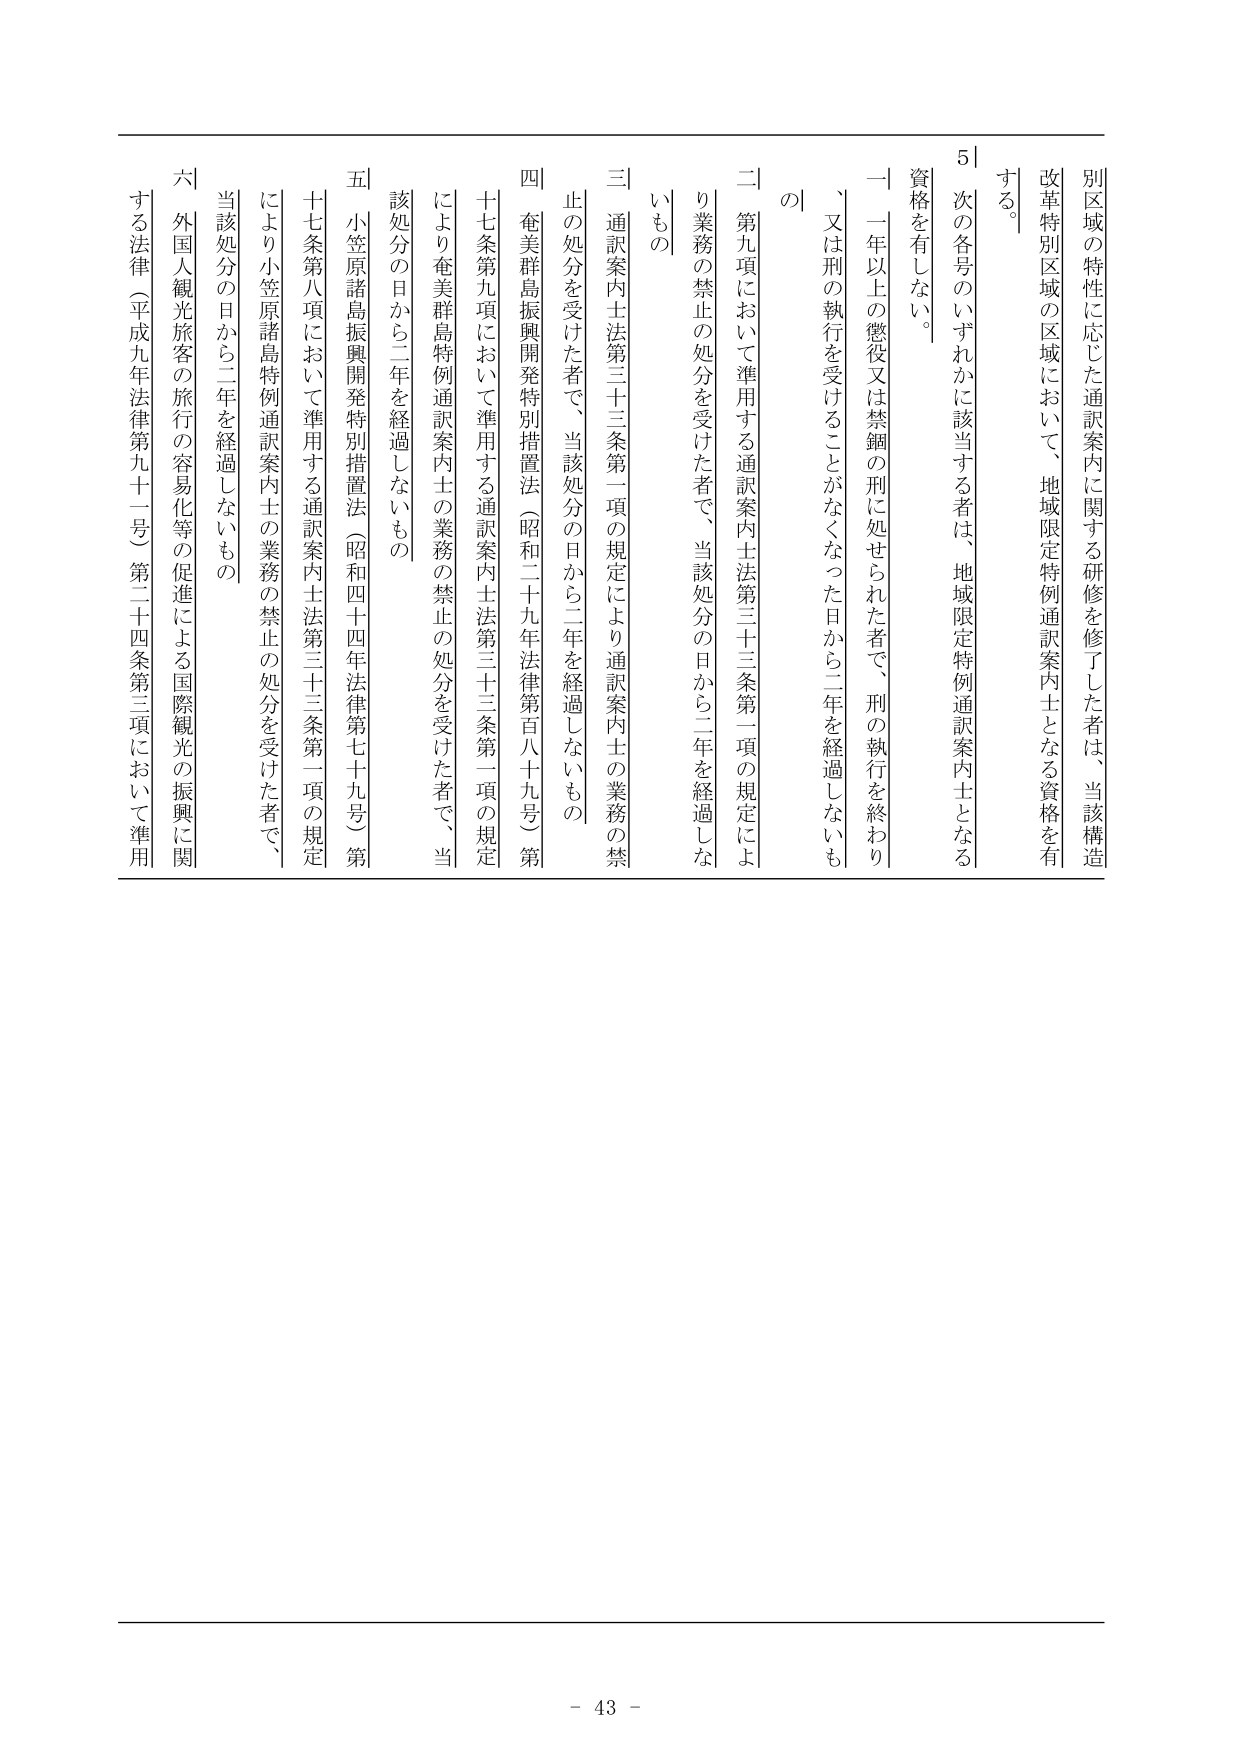
別区域の特性に応じた通訳案内に関する研修を修了した者は、当該構造改革特別区域の区域において、地域限定特例通訳案内士となる資格を有する。

5 次の各号のいずれかに該当する者は、地域限定特例通訳案内士となる資格を有しない。

一 一年以上の懲役又は禁錮の刑に処せられた者で、刑の執行を終わり、又は刑の執行を受けることがなくなった日から二年を経過しないもの

二 第九項において準用する通訳案内士法第三十三条第一項の規定により業務の禁止の処分を受けた者で、当該処分の日から二年を経過しないもの

三 通訳案内士法第三十三条第一項の規定により通訳案内士の業務の禁止の処分を受けた者で、当該処分の日から二年を経過しないもの

四 奄美群島振興開発特別措置法（昭和二十九年法律第百八十九号）第十七条第九項において準用する通訳案内士法第三十三条第一項の規定により奄美群島特例通訳案内士の業務の禁止の処分を受けた者で、当該処分の日から二年を経過しないもの

五 小笠原諸島振興開発特別措置法（昭和四十四年法律第七十九号）第十七条第八項において準用する通訳案内士法第三十三条第一項の規定により小笠原諸島特例通訳案内士の業務の禁止の処分を受けた者で、当該処分の日から二年を経過しないもの

六 外国人観光旅客の旅行の容易化等の促進による国際観光の振興に関する法律（平成九年法律第九十一号）第二十四条第三項において準用

- 43 -